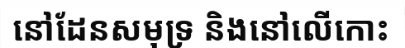
នៅដែនសមុទ្រ និងនៅលើកោះ